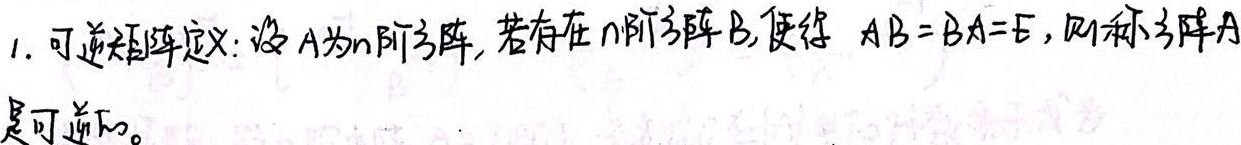
1. 可逆矩阵定义：设\(A\)为\(n\)阶方阵，若存在\(n\)阶方阵\(B\)，使得 \(AB = BA = E\)，则称方阵\(A\)是可逆的。